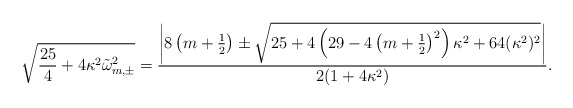
\begin{align*}\sqrt{\frac{25}{4}+4\kappa^2\tilde{\omega}_{m,\pm}^2} = \frac{\left|8\left(m+\frac12\right)\pm\sqrt{25+4\left(29-4\left(m+\frac12\right)^2\right)\kappa^2+64(\kappa^2)^2}\right|}{2(1+4\kappa^2)}.\end{align*}